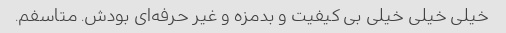
خیلی خیلی خیلی بی کیفیت و بدمزه و غیر حرفه‌ای بودش. متاسفم.